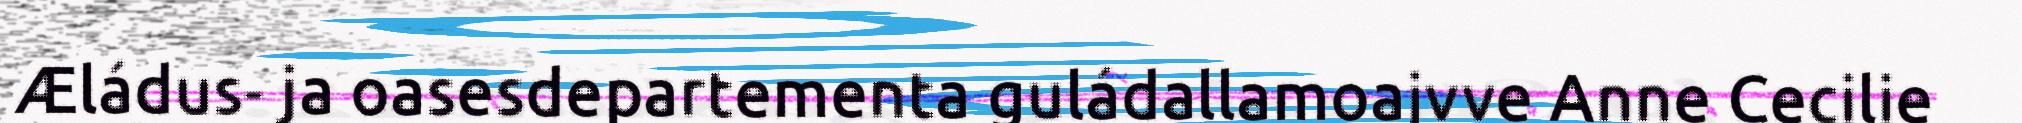
Æládus- ja oasesdepartementa guládallamoajvve Anne Cecilie